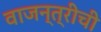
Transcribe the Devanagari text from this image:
वाजन्त्रीची